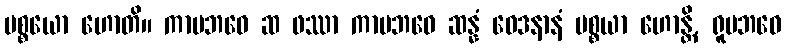
ပစ္စယော ဟောတိ။ ကာမဘဝေ ဆ ဖဿာ ကာမဘဝေ ဆန္နံ ဝေဒနာနံ ပစ္စယာ ဟောန္တိ, ရူပဘဝေ